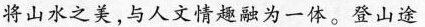
将山水之美，与人文情趣融为一体。登山途